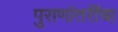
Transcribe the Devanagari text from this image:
पुराणांतरींचा